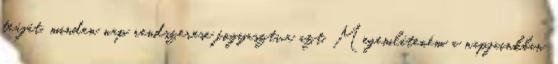
teáját, minden nap rendszerese fogyasztva azt. Megemlíteném a napjainkban